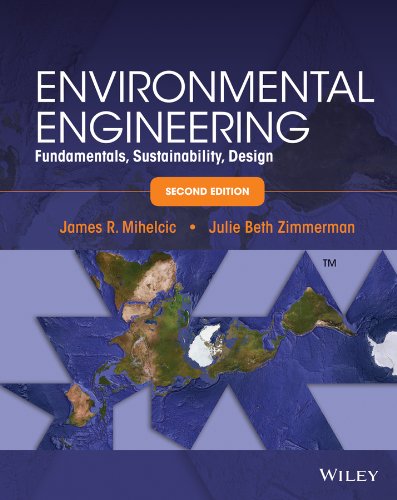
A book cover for Environmental Engineering: Fundamentals, Sustainability, Design; James R. Mihelcic; Arts & Photography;